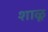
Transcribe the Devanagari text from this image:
शाळू